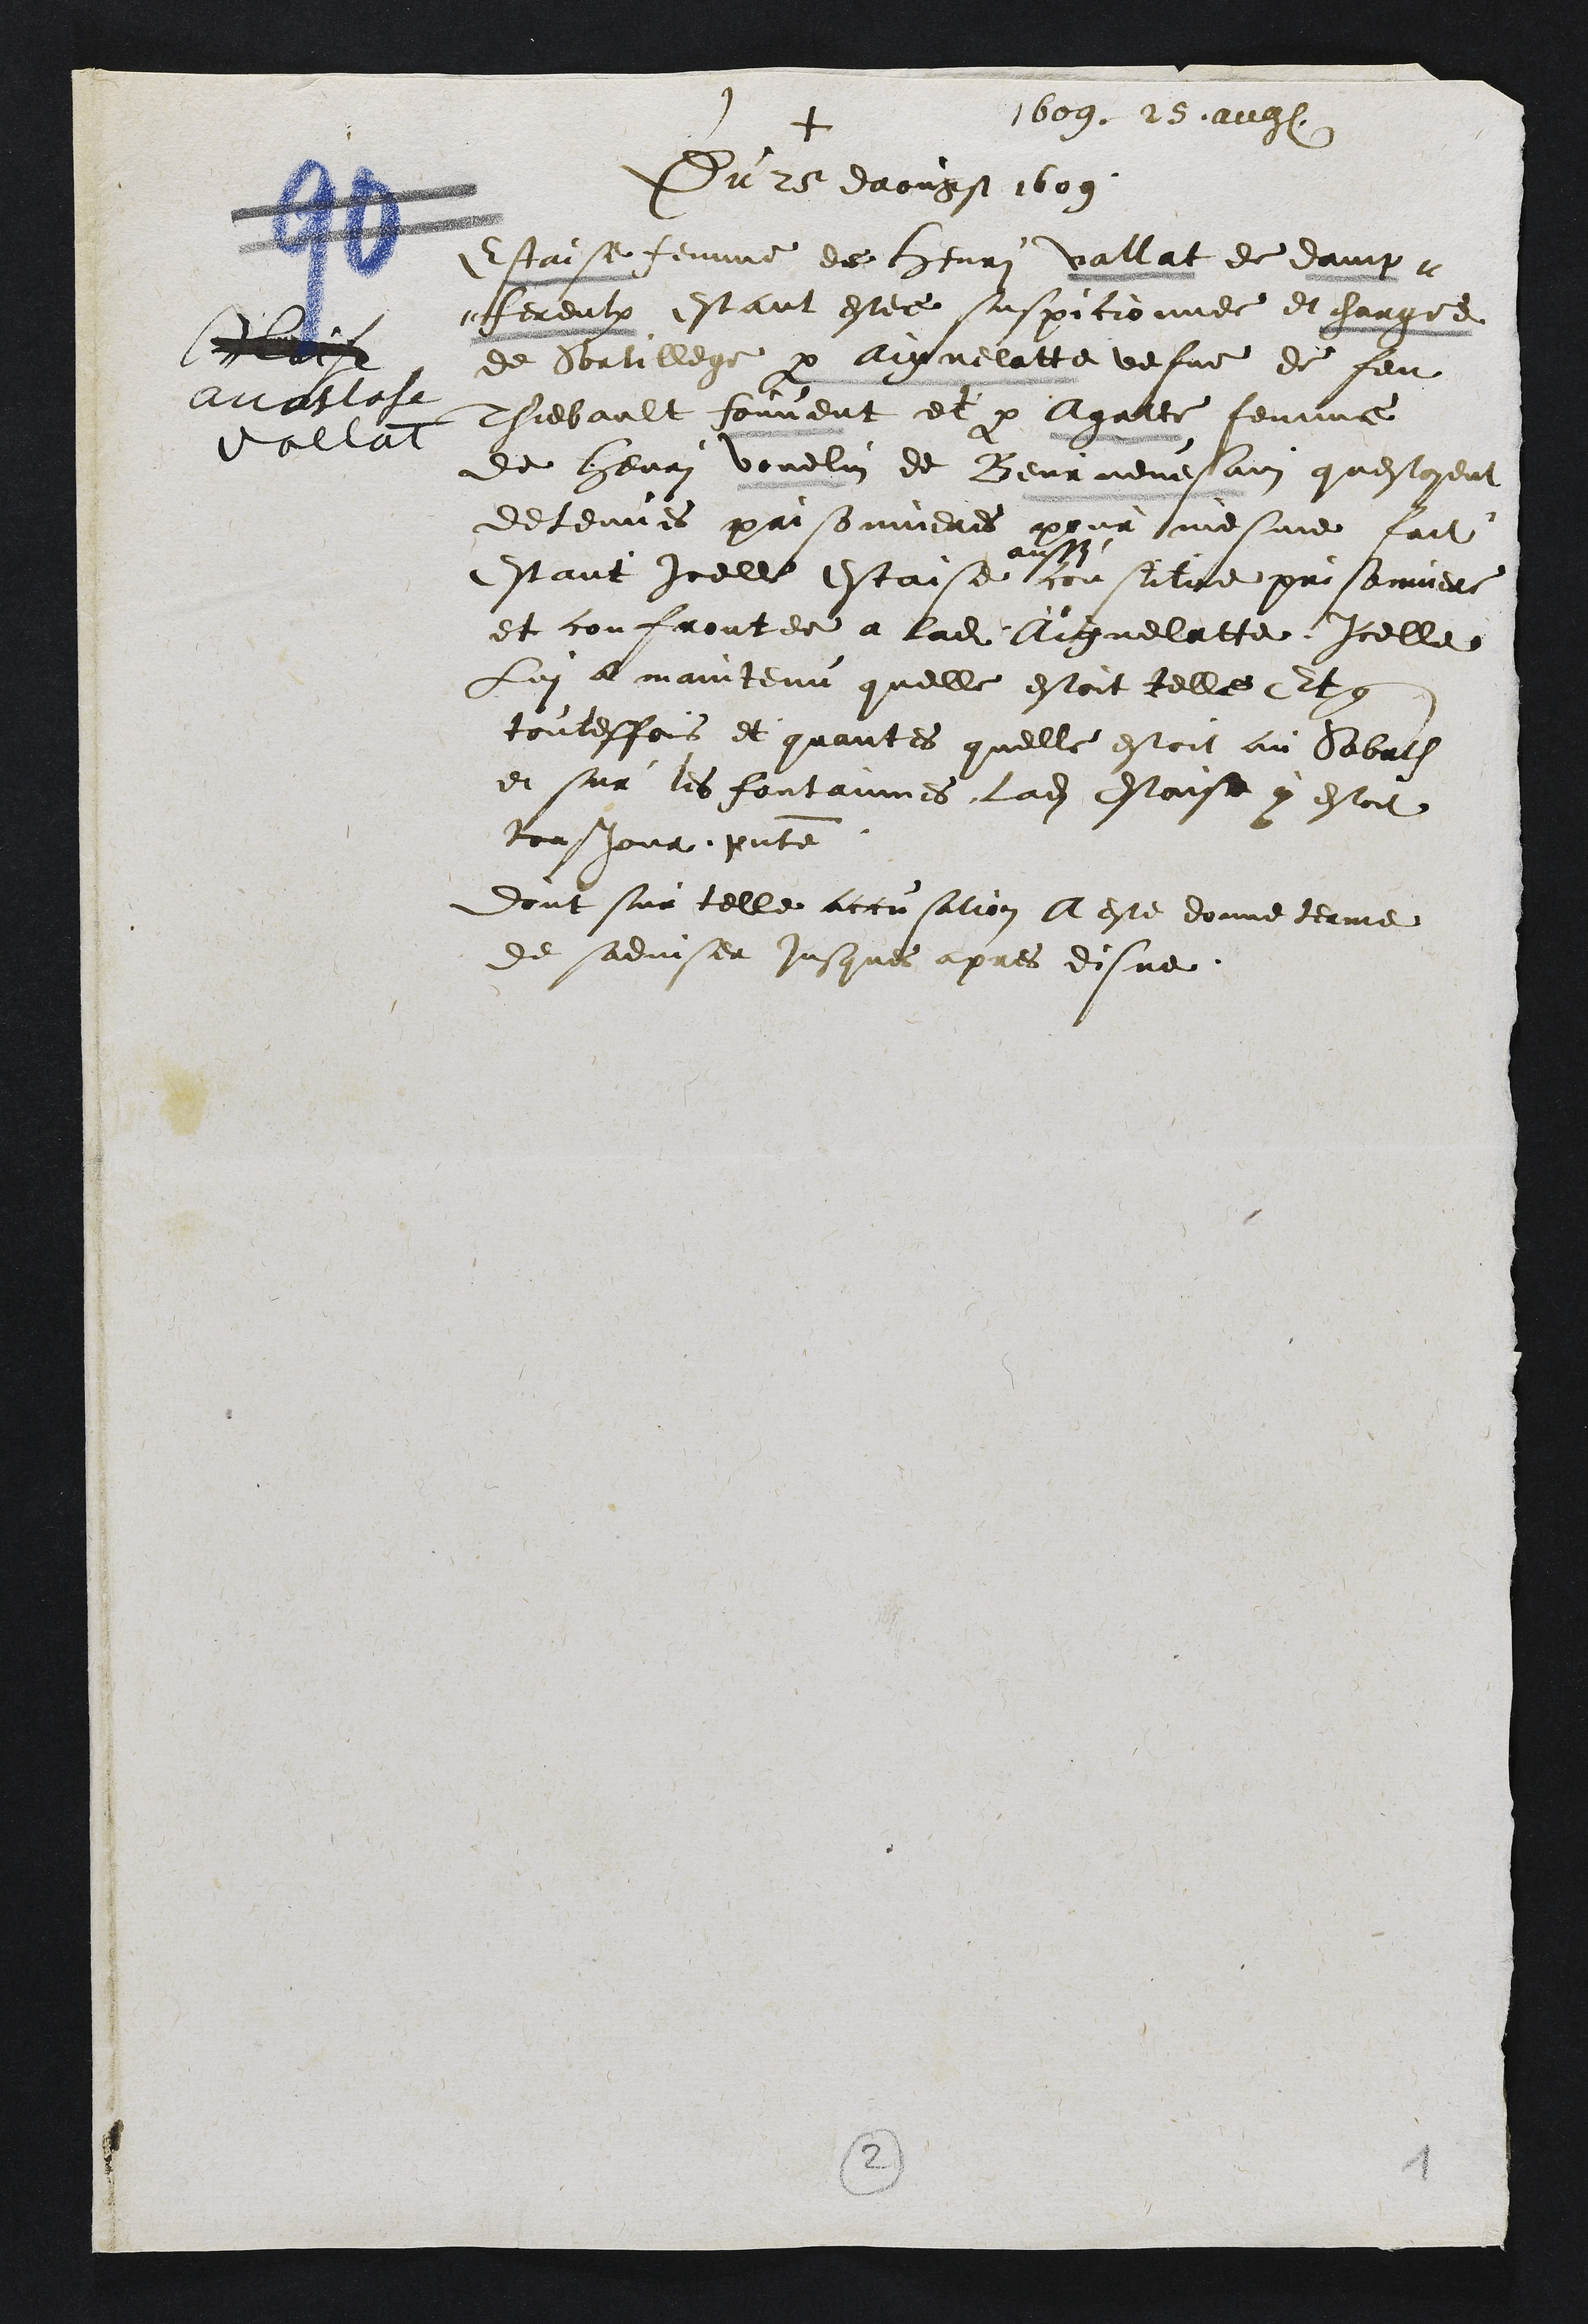
et
Aalloir
Vallat
1609 25 aug
+
Du 25 daougst 1609
Estaise femme de henri vallat de dame
fereulx estant estee suspitionnee et chargee
de Sortilege par Aignelatte vefve de feu
Thiebault fouvent et par Agatte femme
de henri vouelin de Beurnevesain questoyent
de tenes prisonnieres pour mesme fait
Estant icelle Estaise conste prisonniere
et confrontee a ladite Aicquelatte Icelle
Lui a maintenu quelle estoit telle Et que
contesfois et quantes quelle estoit au Sabath
et sur les fontainnes ladite Estaise y estoit
tousjour presente
dont sur telle accusation A este donne terme
de sadviser jusques apres disne